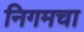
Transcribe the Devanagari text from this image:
निगमचा